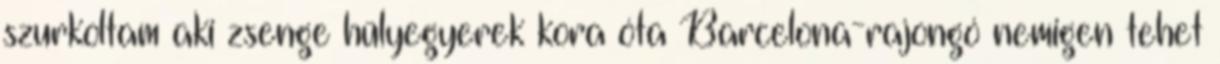
szurkoltam aki zsenge hülyegyerek kora óta Barcelona-rajongó nemigen tehet